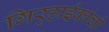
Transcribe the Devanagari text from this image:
गिर्‍हाईकांची